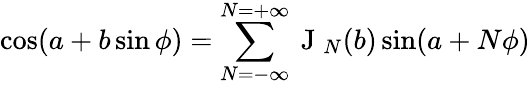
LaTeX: \cos(a+b\sin\phi)=\sum_{N=-\infty}^{N=+\infty}\mathrm{~J~}_{N}(b)\sin(a+N\phi)